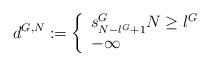
LaTeX: \begin{align*}d^{G,N}:=\left\{ \begin {array} {ll} s^G_{N-l^G+1} N \geq l^G \\ -\infty \end {array} \right.\end{align*}